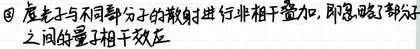
\textcircled{4} 虚光子与不同部分子的散射进行非相干叠加，即忽略了部分子之间的量子相干效应。